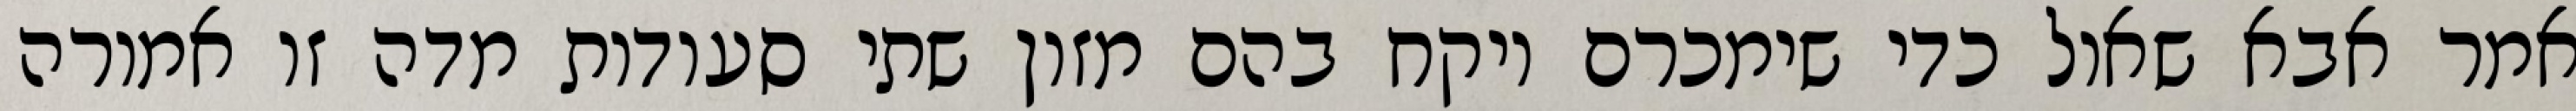
אמר אבא שאול כדי שימכרם ויקח בהם מזון שתי סעודות מדה זו אמורה